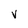
Character: V